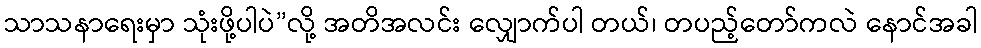
သာသနာရေးမှာ သုံးဖို့ပါပဲ”လို့ အတိအလင်း လျှောက်ပါ တယ်၊ တပည့်တော်ကလဲ နောင်အခါ